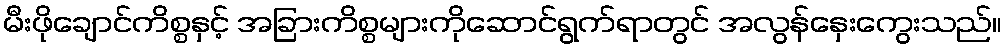
မီးဖိုချောင်ကိစ္စနှင့် အခြားကိစ္စများကိုဆောင်ရွက်ရာတွင် အလွန်နှေးကွေးသည်။